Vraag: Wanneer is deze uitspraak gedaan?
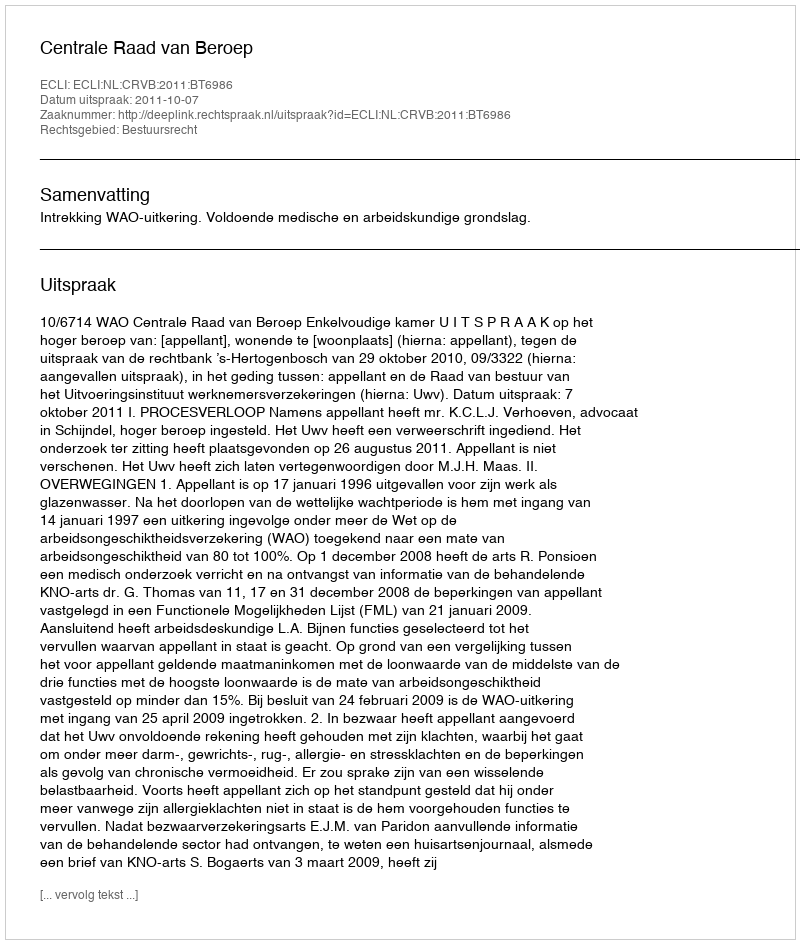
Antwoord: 2011-10-07